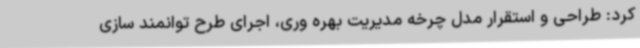
کرد: طراحی و استقرار مدل چرخه مدیریت بهره وری، اجرای طرح توانمند سازی